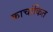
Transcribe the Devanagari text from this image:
काचांकित